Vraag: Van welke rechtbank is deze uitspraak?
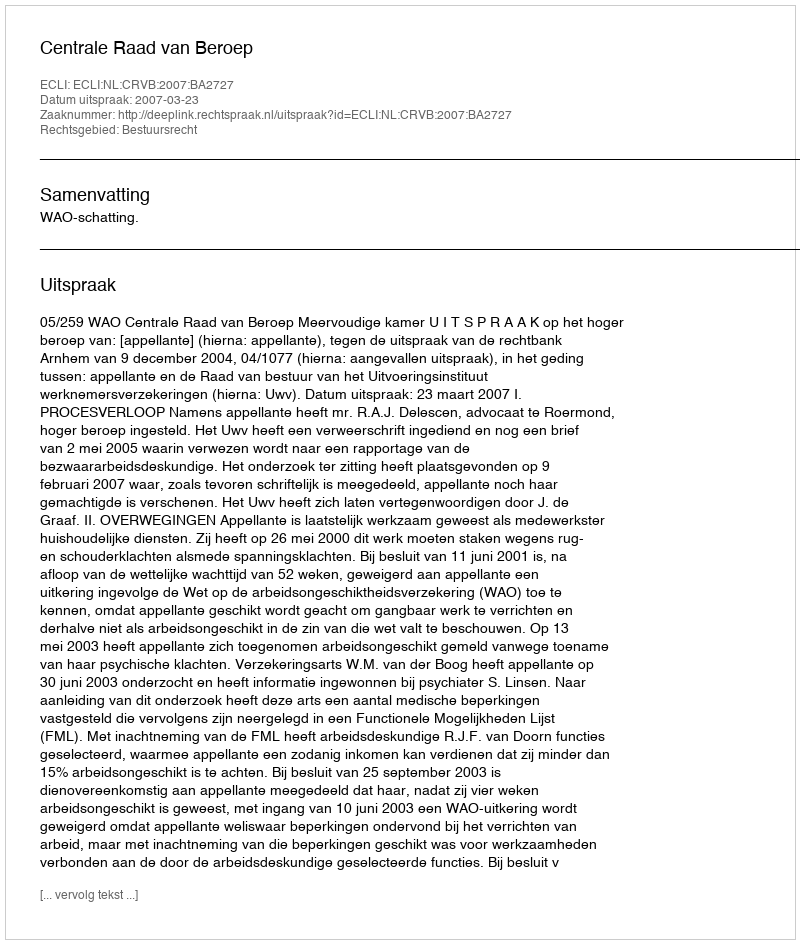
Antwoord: Centrale Raad van Beroep